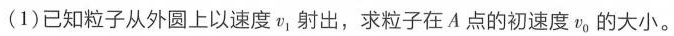
(1)已知粒子从外圆上以速度v_{1}射出，求粒子在A点的初速度v_{0}的大小。